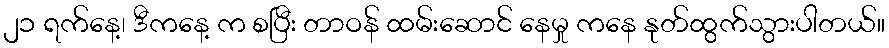
၂၁ ရက်နေ့၊ ဒီကနေ့ က စပြီး တာဝန် ထမ်းဆောင် နေမှု ကနေ နုတ်ထွက်သွားပါတယ်။